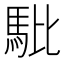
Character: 𲋳